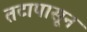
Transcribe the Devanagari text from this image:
तटापासून